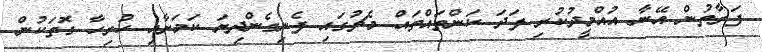
ފަރާތުން އޭނާ އުއްމީދުކުރި ފަދަ ކަންތައްތައް މެޗުގައި ފެނިގެންދިޔަ ކަމަށާއި ހުރިހާ ގޮތަކުން